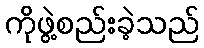
ကိုဖွဲ့စည်းခဲ့သည်